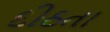
દીઠતા